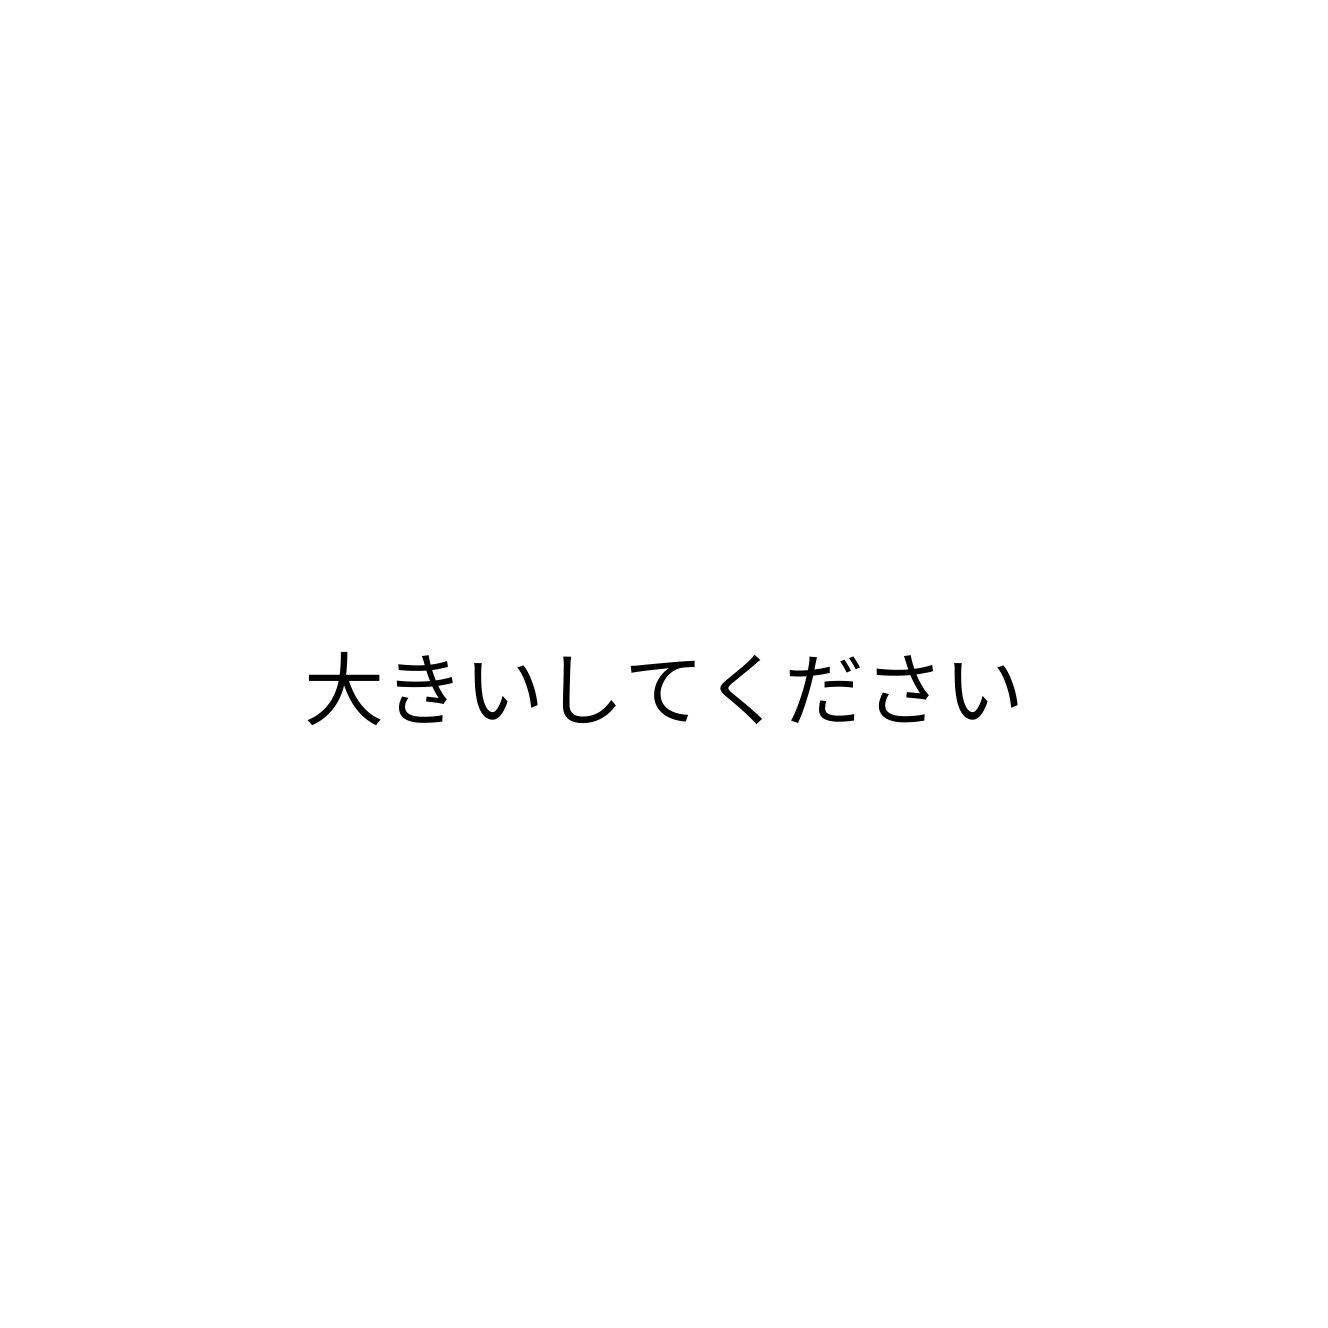
大きいしてください